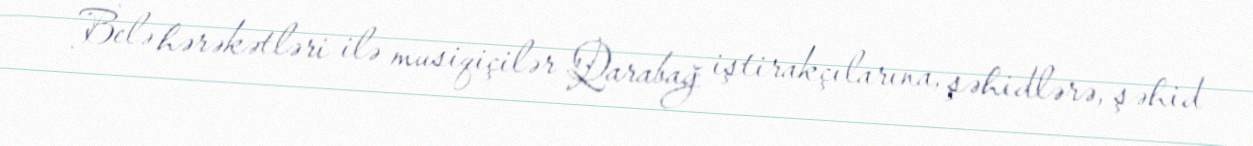
Belə hərəkətləri ilə musiqiçilər Qarabağ iştirakçılarına, şəhidlərə, şəhid